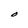
Character: O